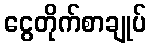
ငွေတိုက်စာချုပ်